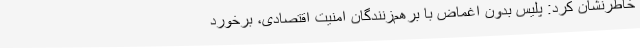
خاطرنشان کرد: پلیس بدون اغماض با برهم‌زنندگان امنیت اقتصادی، برخورد